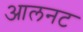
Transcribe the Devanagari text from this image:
आलनट